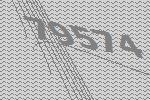
79574